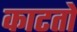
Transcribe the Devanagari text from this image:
काटतो